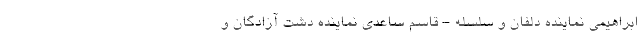
ابراهیمی نماینده دلفان و سلسله - قاسم ساعدی نماینده دشت‌ آزادگان و